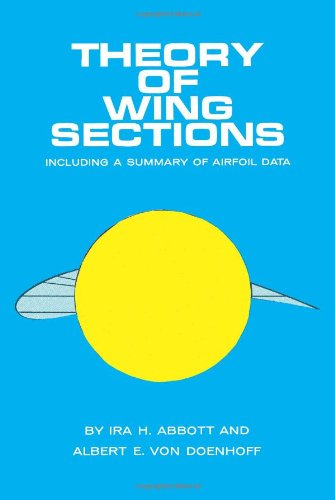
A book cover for Theory of Wing Sections: Including a Summary of Airfoil Data (Dover Books on Aeronautical Engineering); Ira H. Abbott; Engineering & Transportation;